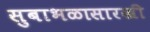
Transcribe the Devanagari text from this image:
सुबाभळासारखी